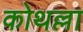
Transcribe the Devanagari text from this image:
कोथल्ला